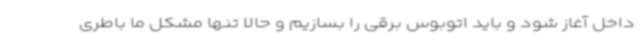
داخل آغاز شود و باید اتوبوس برقی را بسازیم و حالا تنها مشکل ما باطری